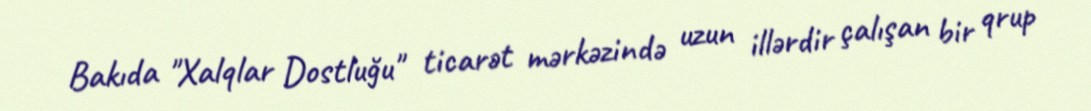
Bakıda "Xalqlar Dostluğu" ticarət mərkəzində uzun illərdir çalışan bir qrup